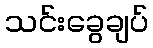
သင်းခွေချပ်